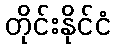
တိုင်းနိုင်ငံ